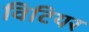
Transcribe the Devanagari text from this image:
विटियर